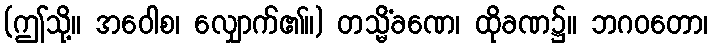
(ဤသို့။ အဝေါစ၊ လျှောက်၏။) တသ္မိံခဏေ၊ ထိုခဏ၌။ ဘဂဝတော၊